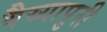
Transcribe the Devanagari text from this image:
वैय्यापुरी